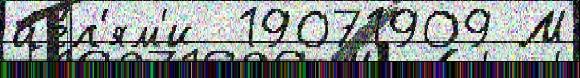
це́л'ям'и  19071909 М